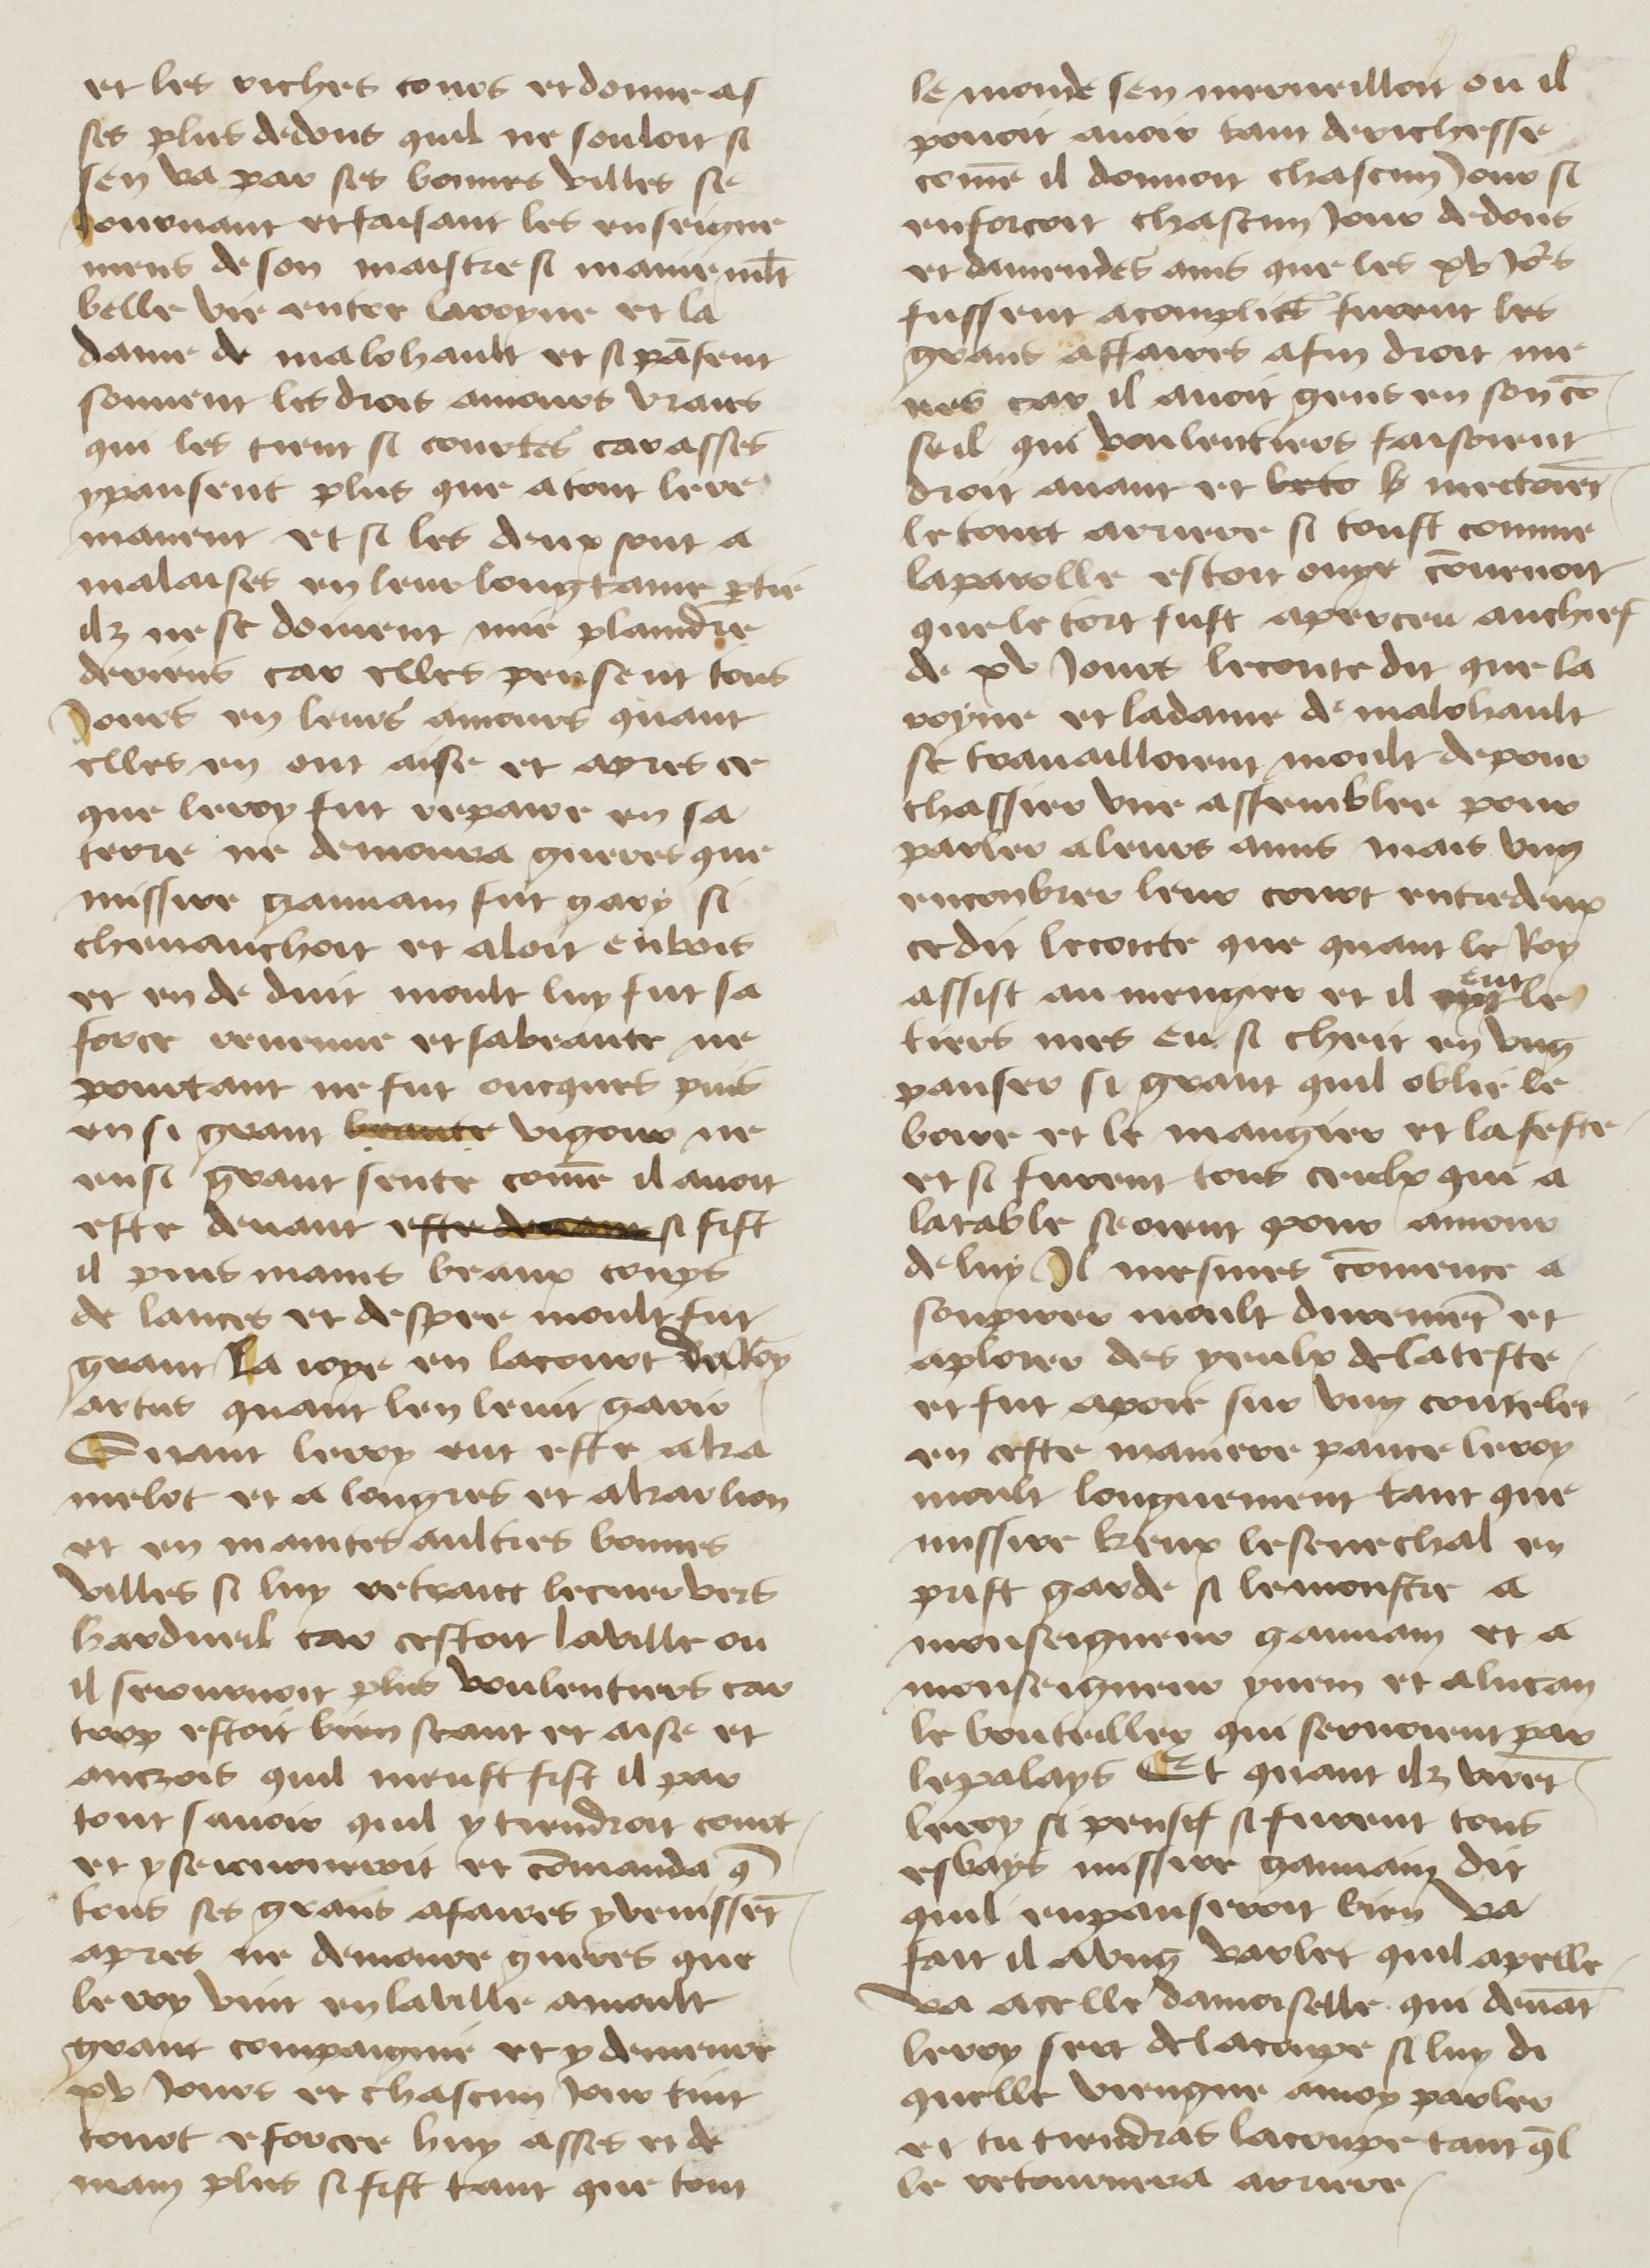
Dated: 1400–1499